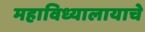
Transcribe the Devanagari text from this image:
महाविध्यालायाचे